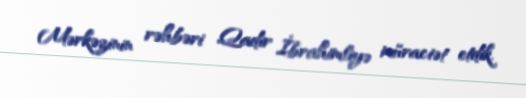
Mərkəzinin rəhbəri Qadir İbrahimliyə müraciət etdik.